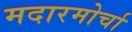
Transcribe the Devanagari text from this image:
मदारमोर्चा